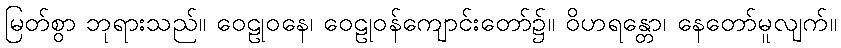
မြတ်စွာ ဘုရားသည်။ ဝေဠုဝနေ၊ ဝေဠုဝန်ကျောင်းတော်၌။ ဝိဟရန္တော၊ နေတော်မူလျက်။